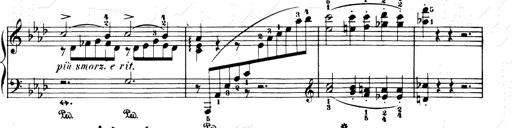
Title: Consolations and LiebestrÃ¤ume for the Piano
Composer: Franz Liszt